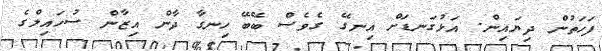
ފަހަތުން ދިޔައިން. އަޅުގަނޑަށް އިނގޭ ގެވެސް ބޭބޭ ހިނގާ ދާން އިޒާން ސުހައިލްގެ